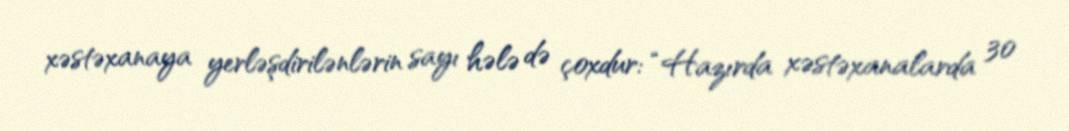
xəstəxanaya yerləşdirilənlərin sayı hələ də çoxdur: “Hazırda xəstəxanalarda 30